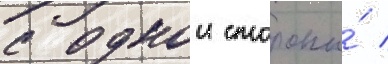
с однои стороны́ /